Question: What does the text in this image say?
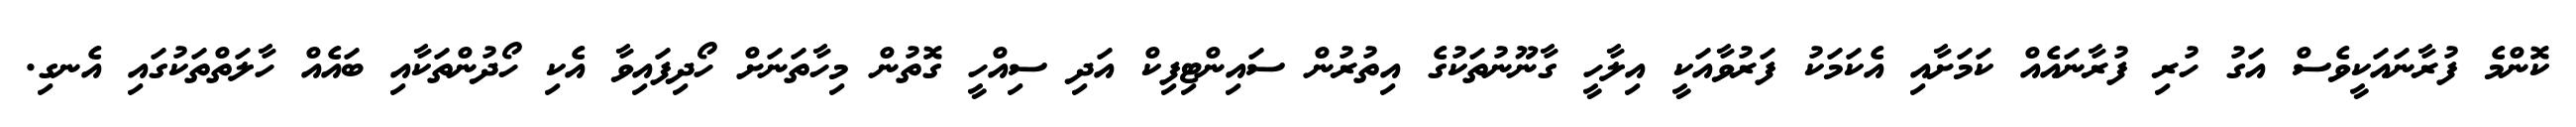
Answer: ކޮންމެ ފުރާނައަކީވެސް އަގު ހުރި ފުރާނައެއް ކަމަށާއި އެކަމަކު ފަރުވާއަކީ އިލާހީ ގާނޫނުތަކުގެ އިތުރުން ސައިންޓިފިކް އަދި ސިއްހީ ގޮތުން މިހާތަނަށް ހޯދިފައިވާ އެކި ހޯދުންތަކާއި ބައެއް ހާލަތްތަކުގައި އެނގި.